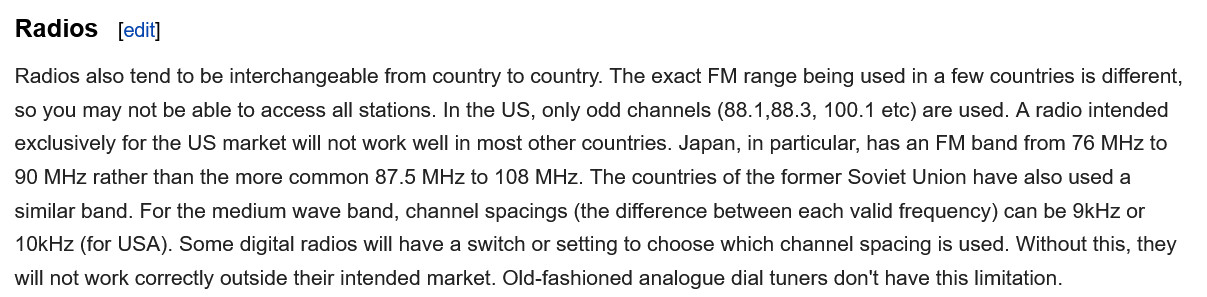
Radios   [edit]
  Radios also tend to be interchangeable from country to country. The exact FM range being used in a few countries is different,
  so you may not be able to access all stations. In the US, only odd channels (88.1,88.3, 100.1 etc) are used. A radio intended
  exclusively for the US market will not work well in most other countries. Japan, in particular, has an FM band from 76 MHz to
  90 MHz rather than the more common 87.5 MHz to 108 MHz. The countries of the former Soviet Union have also used a
  similar band. For the medium wave band, channel spacings (the difference between each valid frequency) can be 9kHz or
  10kHz (for USA). Some digital radios will have a switch or setting to choose which channel spacing is used. Without this, they
  will not work correctly outside their intended market. Old-fashioned analogue dial tuners don't have this limitation.